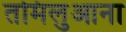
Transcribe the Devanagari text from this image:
तमिलुआना